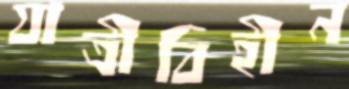
যাত্রীবিহীন